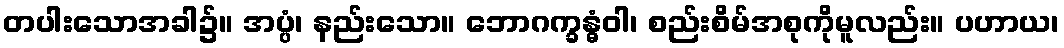
တပါးသောအခါ၌။ အပ္ပံ၊ နည်းသော။ ဘောဂက္ခန္ဓံဝါ၊ စည်းစိမ်အစုကိုမူလည်း။ ပဟာယ၊